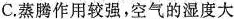
C.蒸腾作用较强，空气的湿度大